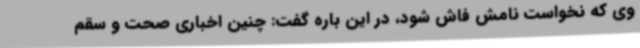
وی که نخواست نامش فاش شود، در این باره گفت: چنین اخباری صحت و سقم